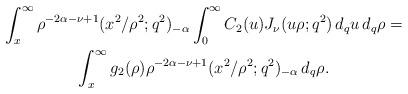
LaTeX: \begin{align*}\begin{gathered}\int_x^\infty \rho^{-2\alpha-\nu+1}({x^2}/{\rho^2} ; q^2)_{-\alpha} \int_0^\infty C_2(u) J_\nu (u\rho; q^2) \,d_q u \,d_q \rho =\\\int_x^\infty g_2 (\rho) \rho^{-2\alpha-\nu+1} ({x^2}/{\rho^2}; q^2)_{-\alpha} \,d_q\rho. \end{gathered} \end{align*}